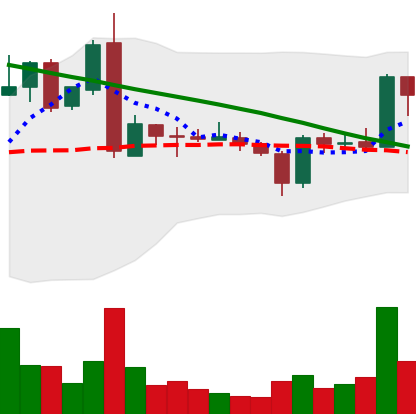
Ticker: ADA-USD
Chart end date: 2019-03-10
Forward return: 9.583%
Label: up_7plus